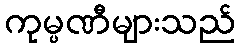
ကုမ္ပဏီများသည်